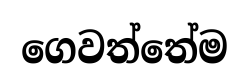
ගෙවත්තේම